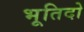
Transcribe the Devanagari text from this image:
भूतिदो